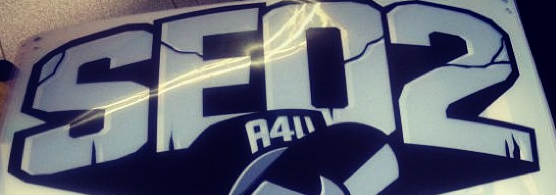
SEO2